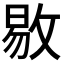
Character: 𫾻